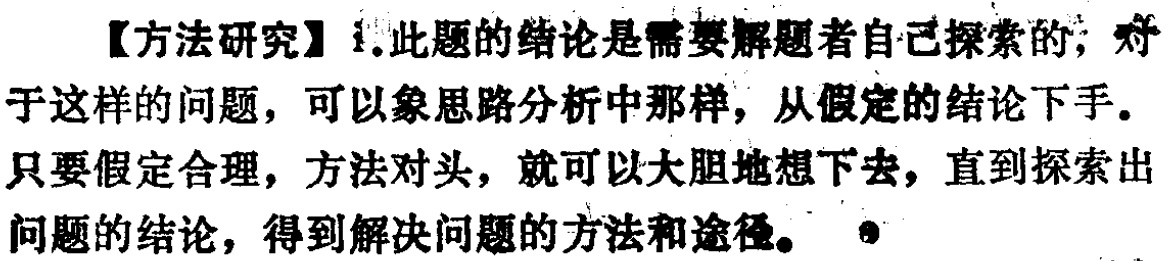
【方法研究】1. 此题的结论是需要解题者自己探索的；对于这样的问题，可以象思路分析中那样，从假定的结论下手。只要假定合理，方法对头，就可以大胆地想下去，直到探索出问题的结论，得到解决问题的方法和途径。